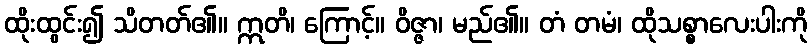
ထိုးထွင်း၍ သိတတ်၏။ ဣတိ၊ ကြောင့်။ ဝိဇ္ဇာ၊ မည်၏။ တံ တမံ၊ ထိုသစ္စာလေးပါးကို